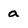
Character: a